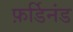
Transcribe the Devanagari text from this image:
फ़र्डिनंड